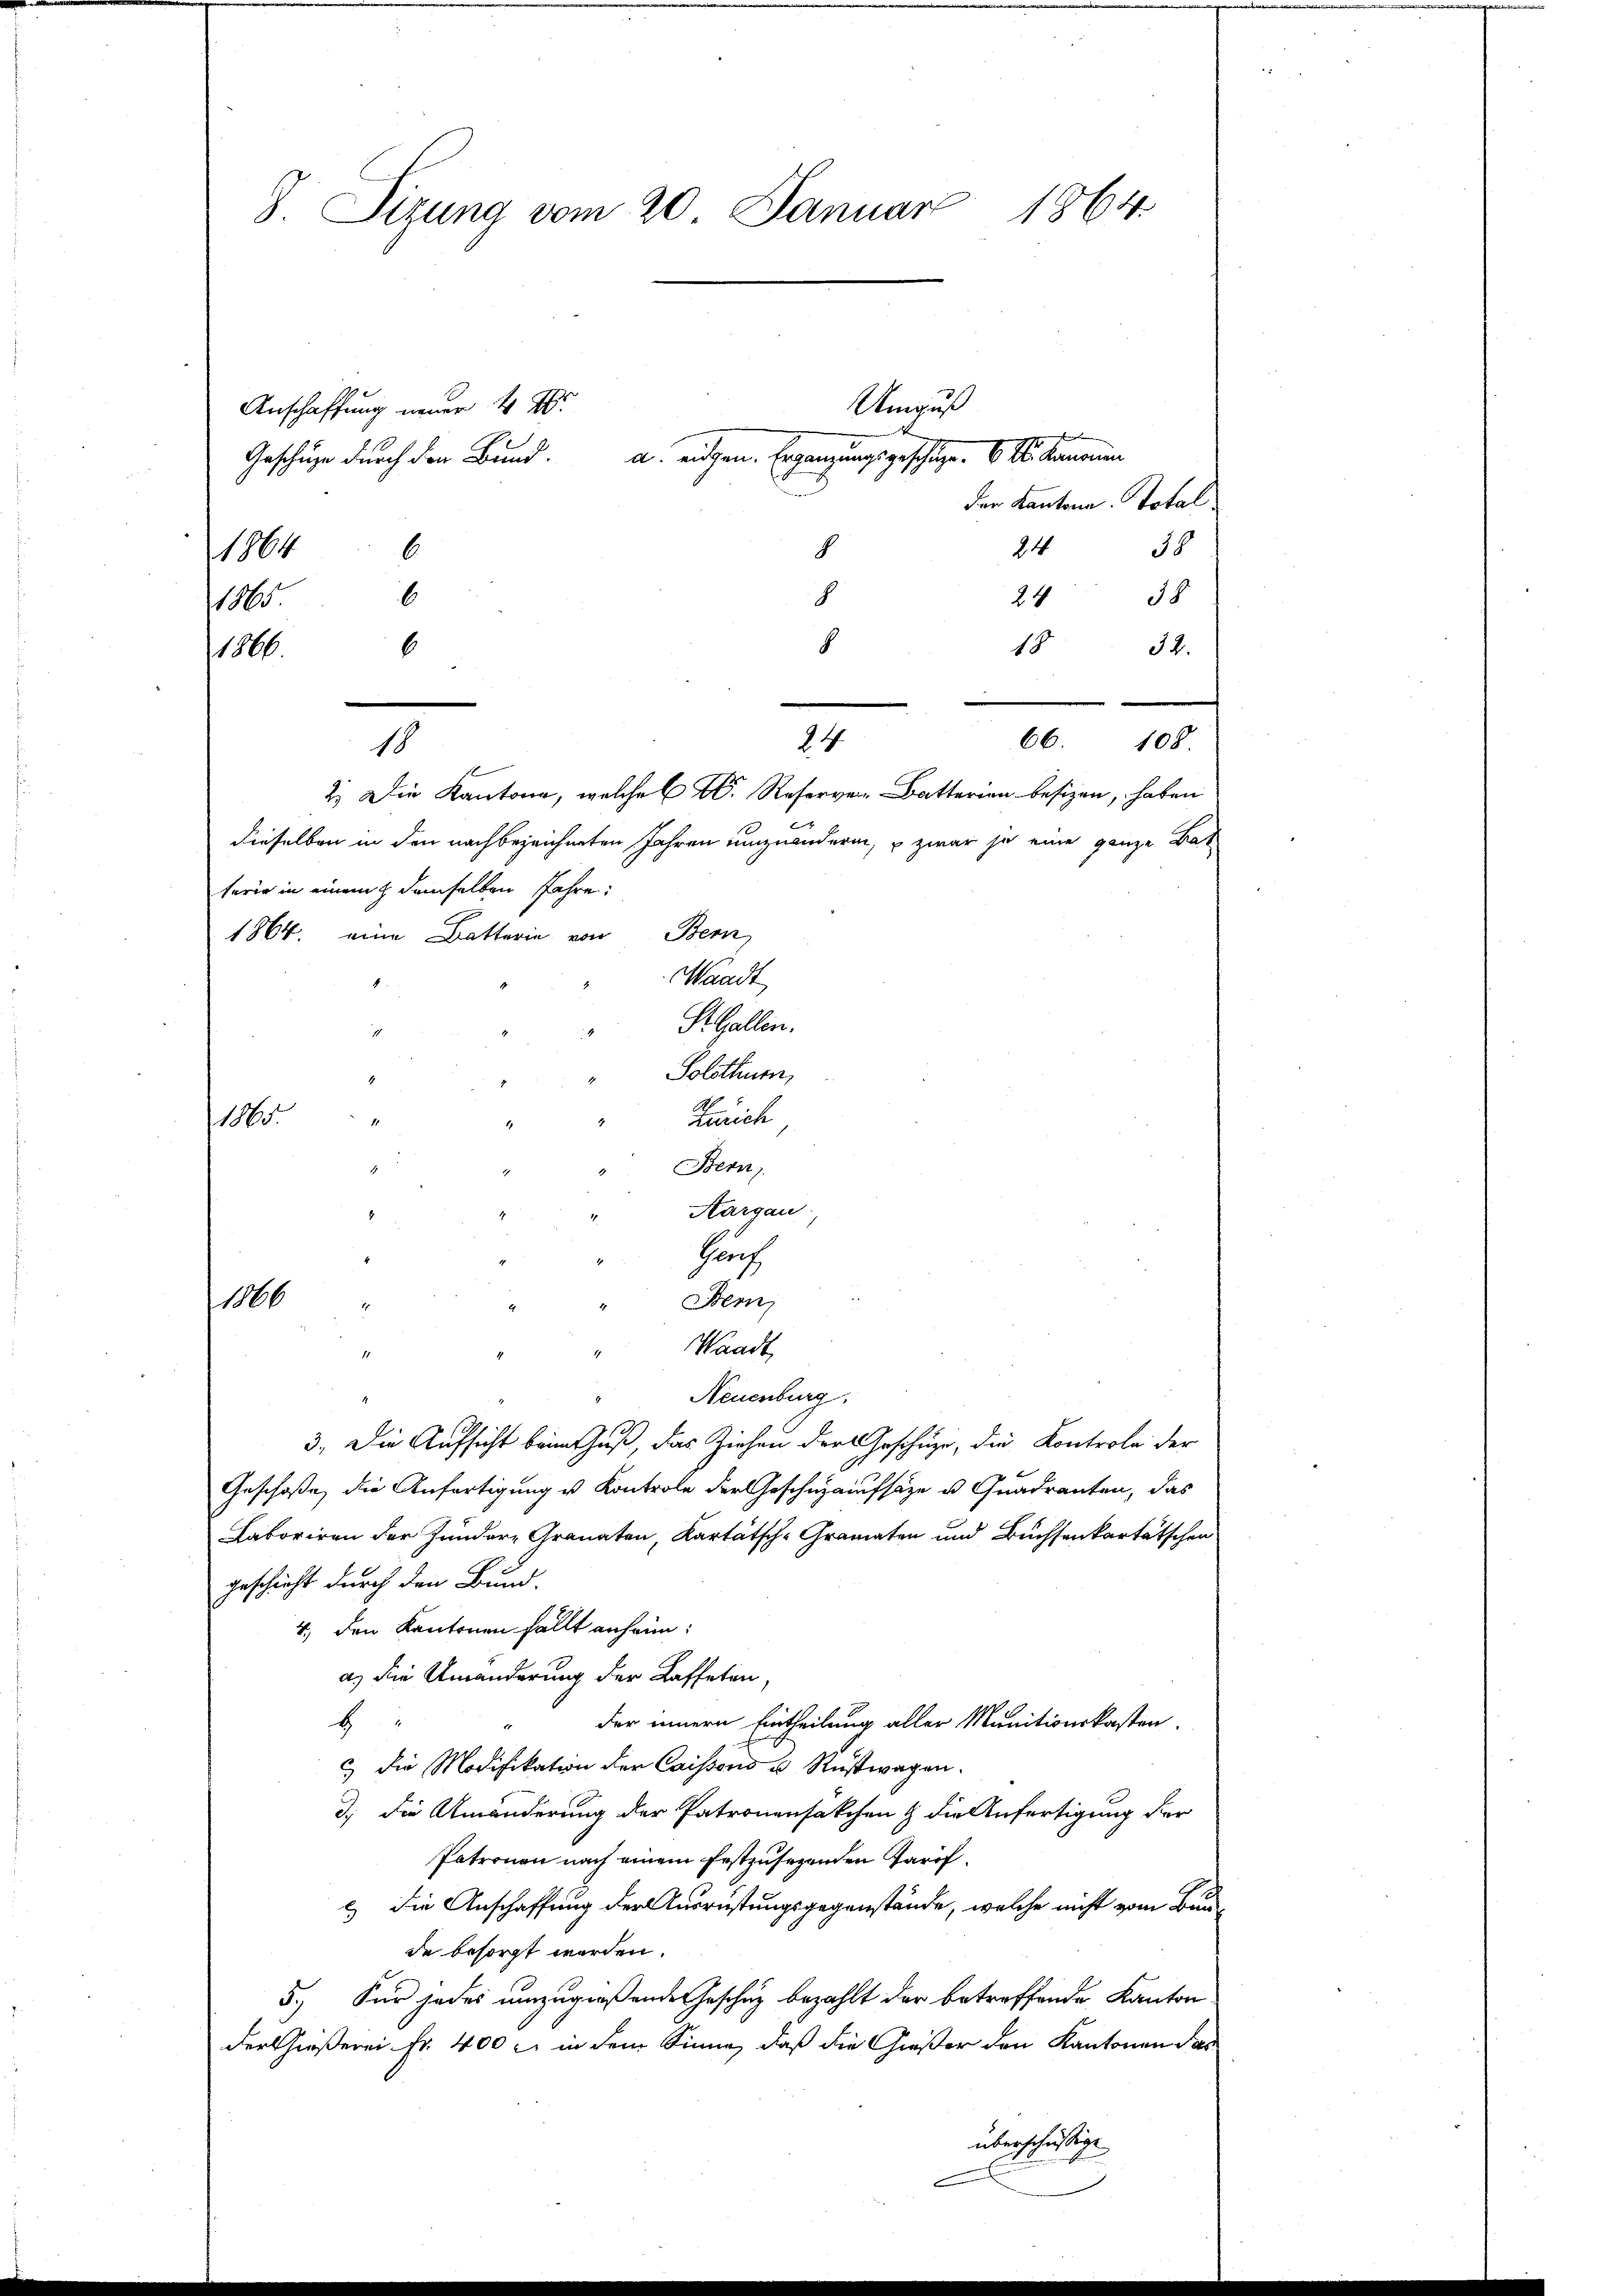
1864.
8. Sizung vom 20. Januar

Anschaffung neuer 4 W
Geschüze durch den Bund.
24
39
6
1864
.
18
8
24
6.
10
8
6
18 32.
1806.
2.) Die Kantone, welche CV. Reserver Batterien besizen, haben
e
dieselben in den nachbezeichneten Jahren umzuändern, u zwar ja eine ganze Bat
terie in einem demselben Jahre:
1864. eine Batterin von Bern
Waadt,
St. Gallen.
Solothurn,
Zürich
1
Stem
Aargau.
Harz
166
Bern,
.
Waadt,
Neuenburg
3. Die Aufsicht beim Fuß, das Ziehen der Geschäzt, die Kontrole der
Geschoße, die Anfertigung u. Kontrole der Geschnaufsätze u. Quadranten, das
Laboriren der Zundere Granaten, Kartätsch-Granaten und Buchsenkartätschen
geschicht durch den Bund.
4.) Den Kantonen fällt anheim:
a) die Umänderung der Kaffeten,
b
der innern Eintheilung aller Munitionskosten.
c) die Modifikation der Caissens u. Rustwagen.
d.) Die Umänderung der Patronensakchen & die Anfertigung der
Patronen nach einem festzusehenden Prof.
l) Die Anschaffung der Ausrüstungsgegenstände, welche nicht vom Baude besorgt werden.
5.) Für jedes umzugroßende Geschäz bezahlt der betreffende Kanton
der Größerei Fr. 400 l. in dem Sinne, daß die Größer den Kantonen das
überschüssige

18

engte
a. eidgen. Ergänzungsgeschlage. 6. d. demann
n
der Kantone Total

Umguß

24

66. 108